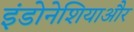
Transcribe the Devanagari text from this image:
इंडोनेशियाऔर